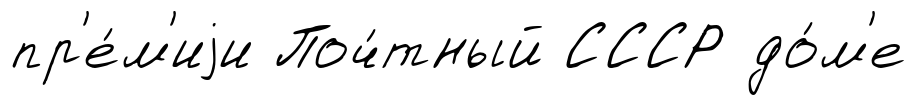
пр'е́м'иjи Поч́тный СССР до́м'е